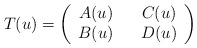
\begin{align*}T(u) = \left(\begin{array}{ccc}A(u)& &C(u)\\B(u)& &D(u)\end{array}\right)\end{align*}